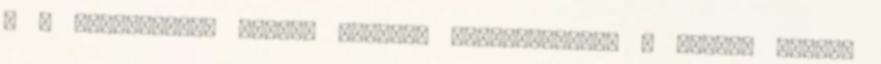
, a biztonságos földre érkezés fontosságáról . esések Bízunk